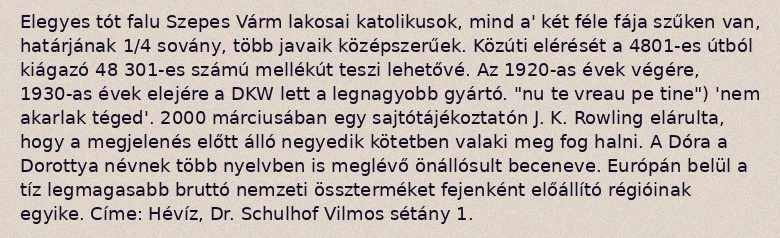
Elegyes tót falu Szepes Várm lakosai katolikusok, mind a' két féle fája szűken van, határjának 1/4 sovány, több javaik középszerűek. Közúti elérését a 4801-es útból kiágazó 48 301-es számú mellékút teszi lehetővé. Az 1920-as évek végére, 1930-as évek elejére a DKW lett a legnagyobb gyártó. "nu te vreau pe tine") 'nem akarlak téged'. 2000 márciusában egy sajtótájékoztatón J. K. Rowling elárulta, hogy a megjelenés előtt álló negyedik kötetben valaki meg fog halni. A Dóra a Dorottya névnek több nyelvben is meglévő önállósult beceneve. Európán belül a tíz legmagasabb bruttó nemzeti összterméket fejenként előállító régióinak egyike. Címe: Hévíz, Dr. Schulhof Vilmos sétány 1.